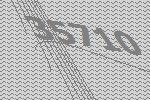
35710